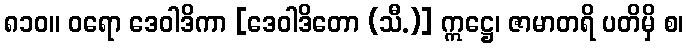
၈၁၀။ ဝရော ဒေဝါဒိကာ [ဒေဝါဒိတော (သီ.)] ဣဋ္ဌေ၊ ဇာမာတရိ ပတိမှိ စ၊